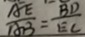
\frac { A E } { A B } = \frac { B D } { E C }